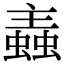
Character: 𧏼